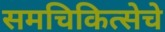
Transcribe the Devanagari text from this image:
समचिकित्सेचे